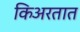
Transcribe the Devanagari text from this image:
किअरतात